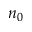
n _ { 0 }